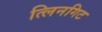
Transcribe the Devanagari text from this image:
त्लिनगिट